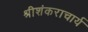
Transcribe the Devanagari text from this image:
श्रीशंकराचार्य